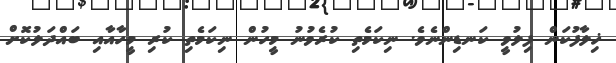
ޚިލާފުކަން ފިލުވީ ކަނޑިންނެވެ. ނިކަމެތި ކުރެވުނު މީހުން ނިކަމެތި ކުރި މީހާއާއި ބައްދަލުކޮށް